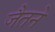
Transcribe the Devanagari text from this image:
जैतने